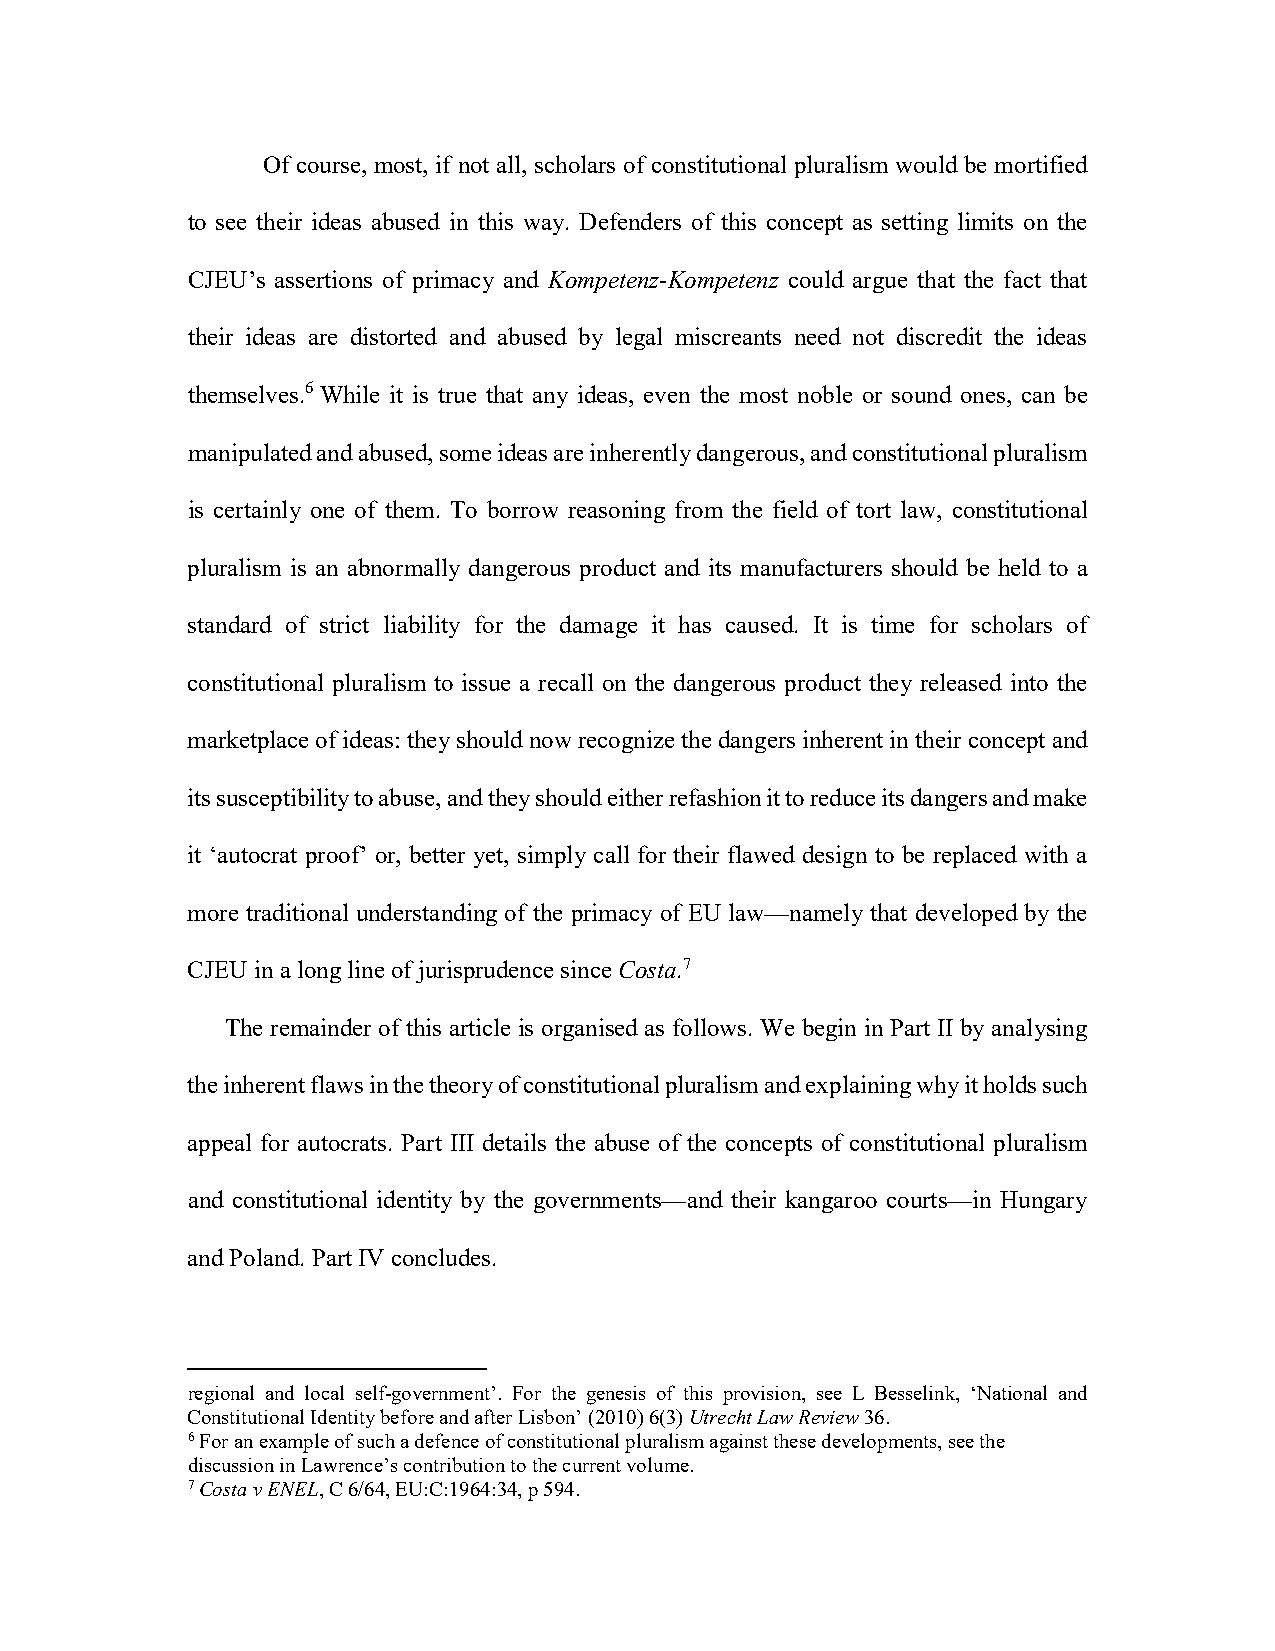
Of course, most, if not all, scholars of constitutional pluralism would be mortified
 to see their ideas abused in this way. Defenders of this concept as setting limits on the
 CJEU’s assertions of primacy and Kompetenz-Kompetenz could argue that the fact that
 their ideas are distorted and abused by legal miscreants need not discredit the ideas
 themselves.6 While it is true that any ideas, even the most noble or sound ones, can be
 manipulated and abused, some ideas are inherently dangerous, and constitutional pluralism
 is certainly one of them. To borrow reasoning from the field of tort law, constitutional
 pluralism is an abnormally dangerous product and its manufacturers should be held to a
 standard of strict liability for the damage it has caused. It is time for scholars of
 constitutional pluralism to issue a recall on the dangerous product they released into the
 marketplace of ideas: they should now recognize the dangers inherent in their concept and
 its susceptibility to abuse, and they should either refashion it to reduce its dangers and make
 it ‘autocrat proof’ or, better yet, simply call for their flawed design to be replaced with a
 more traditional understanding of the primacy of EU law—namely that developed by the
 CJEU in a long line of jurisprudence since Costa.7
 The remainder of this article is organised as follows. We begin in Part II by analysing
 the inherent flaws in the theory of constitutional pluralism and explaining why it holds such
 appeal for autocrats. Part III details the abuse of the concepts of constitutional pluralism
 and constitutional identity by the governments—and their kangaroo courts—in Hungary
 and Poland. Part IV concludes.
 regional and local self-government’. For the genesis of this provision, see L Besselink, ‘National and
 Constitutional Identity before and after Lisbon’ (2010) 6(3) Utrecht Law Review 36.
 6 For an example of such a defence of constitutional pluralism against these developments, see the
 discussion in Lawrence’s contribution to the current volume.
 7 Costa v ENEL, C 6/64, EU:C:1964:34, p 594.